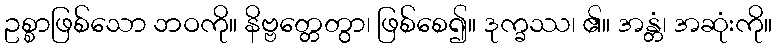
ဥစ္စာဖြစ်သော ဘဝကို။ နိဗ္ဗတ္တေတွာ၊ ဖြစ်စေ၍။ ဒုက္ခဿ၊ ၏။ အန္တံ၊ အဆုံးကို။